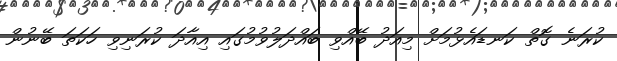
ކުރަނެ ގޮތް ކަނޑައެޅުމަށް މިއަދު ބޭއްވި ބައްދަލުވުމުގައި އިއާދަ ކުރަނިވި ހަކަތަ ބޭނުން